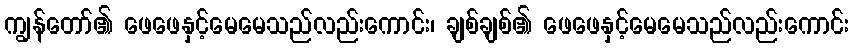
ကျွန်တော်၏ ဖေဖေနှင့်မေမေသည်လည်းကောင်း၊ ချစ်ချစ်၏ ဖေဖေနှင့်မေမေသည်လည်းကောင်း